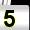
Digit: 5